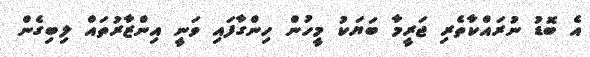
އެ ބޮޑު ނުރައްކާތެރި ޖަރީމާ ބަޔަކު މީހުން ހިންގާފައި ވަނީ އިންޒާރުތައް ލިބިގެން